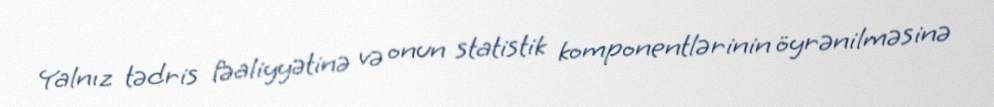
Yalnız tədris fəaliyyətinə və onun statistik komponentlərinin öyrənilməsinə